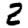
Digit: 2